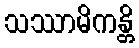
သဿာမိကန္တိ